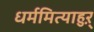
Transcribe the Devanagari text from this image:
धर्ममित्याहुऱ्